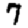
Digit: 7